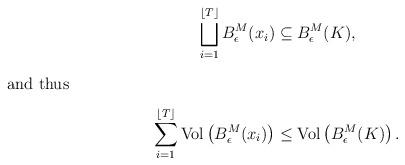
LaTeX: \begin{align*}\bigsqcup_{i=1}^{\lfloor T\rfloor}B^M_\epsilon(x_i) &\subseteq B^M_\epsilon(K),\intertext{and thus}\sum_{i=1}^{\lfloor T\rfloor}\mathrm{Vol}\left(B^M_\epsilon(x_i)\right) &\leq \mathrm{Vol}\left(B^M_\epsilon(K)\right).\end{align*}